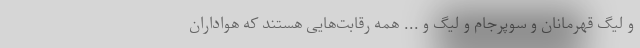
و لیگ قهرمانان و سوپرجام و لیگ و ... همه رقابت‌هایی هستند که هواداران